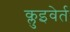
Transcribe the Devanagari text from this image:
क्लुइवेर्त